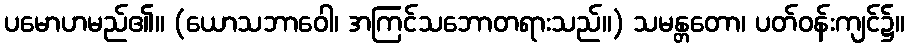
ပမောဟမည်၏။ (ယောသဘာဝေါ၊ အကြင်သဘောတရားသည်။) သမန္တတော၊ ပတ်ဝန်းကျင်၌။